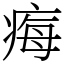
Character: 痗